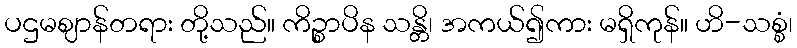
ပဌမဈာန်တရား တို့သည်။ ကိဉ္စာပိန သန္တိ၊ အကယ်၍ကား မရှိကုန်။ ဟိ-သစ္စံ၊